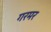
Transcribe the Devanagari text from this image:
गरमर